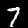
Digit: 7